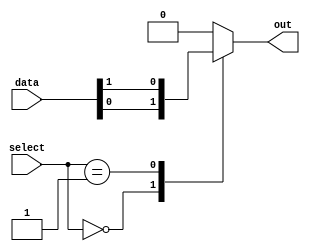
module multiplexer_128to1 (
    input [127:0] data,
    input [6:0] select,
    output reg out
);

always @(*) begin
    case (select)
        7'b0000000: out = data[0];
        7'b0000001: out = data[1];
        // Add cases for all 128 inputs
        default: out = 0;
    endcase
end

endmodule